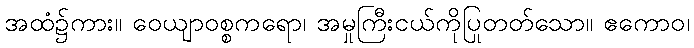
အထံ၌ကား။ ဝေယျာဝစ္စကရော၊ အမှုကြီးငယ်ကိုပြုတတ်သော။ ဧကောဝ၊